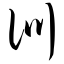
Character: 训